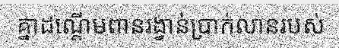
គ្នាដណ្តើមពានរង្វាន់ប្រាក់លានរបស់